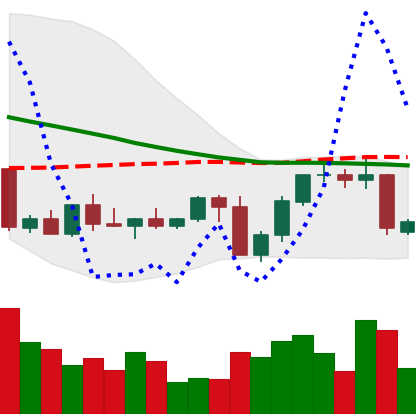
Ticker: NEO-USD
Chart end date: 2022-09-14
Forward return: -7.773%
Label: down_7plus